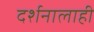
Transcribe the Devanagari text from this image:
दर्शनालाही